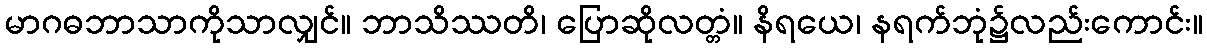
မာဂဓဘာသာကိုသာလျှင်။ ဘာသိဿတိ၊ ပြောဆိုလတ္တံ။ နိရယေ၊ နရက်ဘုံ၌လည်းကောင်း။